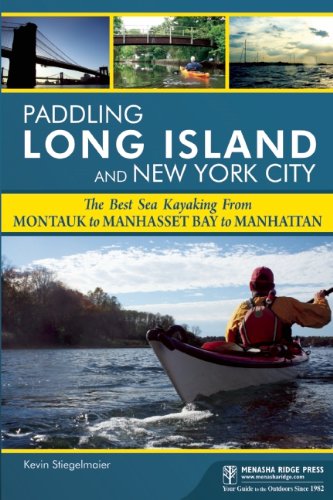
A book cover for Paddling Long Island and New York City: The Best Sea Kayaking from Montauk to Manhasset Bay to Manhattan; Kevin Stiegelmaier; Sports & Outdoors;